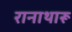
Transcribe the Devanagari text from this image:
रानाथारू